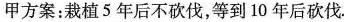
甲方案：栽植 5 年后不砍伐，等到 10 年后砍伐.